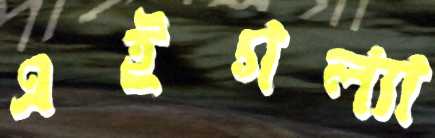
এইগল্যা